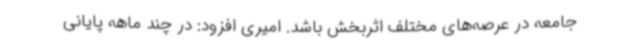
جامعه در عرصه‌های مختلف اثربخش باشد. امیری افزود: در چند ماهه پایانی